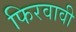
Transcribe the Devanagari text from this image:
फिरवावी